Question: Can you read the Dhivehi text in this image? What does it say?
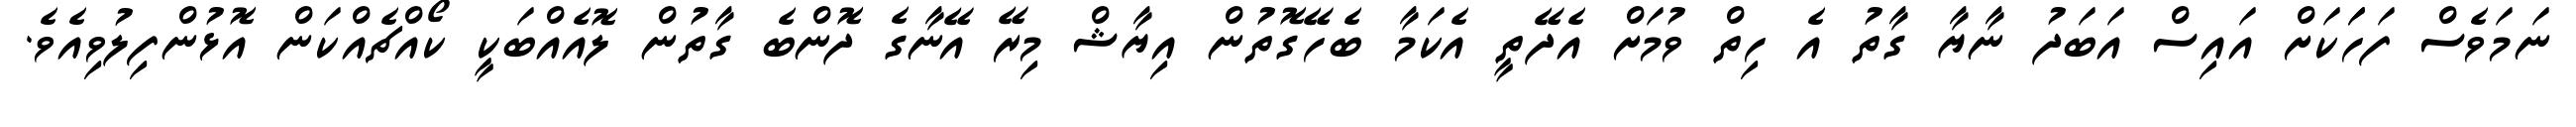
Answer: ނަމަވެސް ފަހަަކަށް އައިސް އަބަދު ނާޔާ ގާތު އެ ހިތް ވުމަށް އެދޭތީ އެކަމާ ބެހޭގޮތުން އިޔާޝް މިރޭ އޭނާގެ ދޮންބެ ގާތުން ލޮއެއްބަކީ ކޯއްޗެއްކަން އޮޅުންފިލުވިއެވެ.